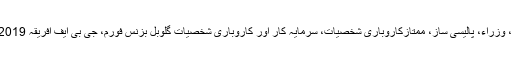
افریقہ سے آئے ہوئے سربراہان مملکت، وزراء، پالیسی ساز، ممتازکاروباری شخصیات، سرمایہ کار اور کاروباری شخصیات گلوبل بزنس فورم، جی بی ایف افریقہ 2019 میں شرکت کیلئے دبئی پہنچ گئے ہیں۔